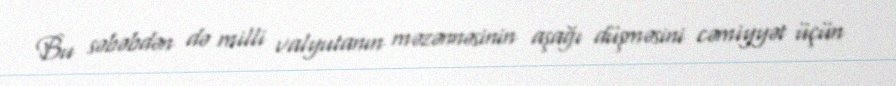
Bu səbəbdən də milli valyutanın məzənnəsinin aşağı düşməsini cəmiyyət üçün